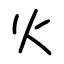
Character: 火